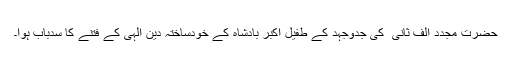
حضرت مجدد الف ثانی ؒ کی جدوجہد کے طفیل اکبر بادشاہ کے خودساختہ دین الٰہی کے فتنے کا سدباب ہوا۔